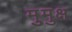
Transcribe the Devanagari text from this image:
मुुमुक्ष